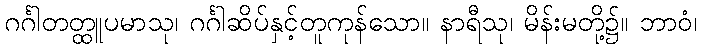
ဂင်္ဂါတတ္ထူပမာသု၊ ဂင်္ဂါဆိပ်နှင့်တူကုန်သော။ နာရီသု၊ မိန်းမတို့၌။ ဘာဝံ၊